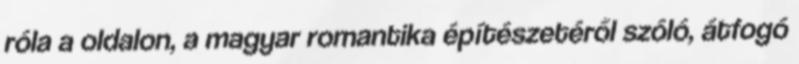
róla a oldalon, a magyar romantika építészetéről szóló, átfogó